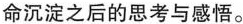
命沉淀之后的思考与感悟。